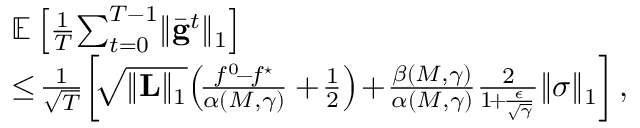
\begin{array} { r l } & { \mathbb { E } \left[ \frac { 1 } { T } \! \sum _ { t = 0 } ^ { T - 1 } \lVert \bar { \mathbf { g } } ^ { t } \rVert _ { 1 } \right] } \\ & { \leq \! \frac { 1 } { \sqrt { T } } \! \left[ \! \sqrt { \lVert \mathbf { L } \rVert _ { 1 } } \! \left( \! \frac { f ^ { 0 } \! - \! f ^ { \star } } { \alpha ( M , \gamma ) } + \! \frac { 1 } { 2 } \right) \! + \! \frac { \beta ( M , \gamma ) } { \alpha ( M , \gamma ) } \frac { 2 } { 1 \! + \! \frac { \epsilon } { \sqrt { \gamma } } } \lVert \boldsymbol { \sigma } \rVert _ { 1 } \right] , } \end{array}